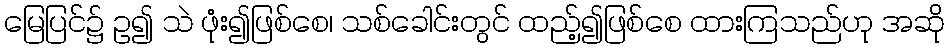
မြေပြင်၌ ဥ၍ သဲ ဖုံး၍ဖြစ်စေ၊ သစ်ခေါင်းတွင် ထည့်၍ဖြစ်စေ ထားကြသည်ဟု အဆို